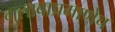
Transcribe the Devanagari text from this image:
गुलाबाप्रमाणेच